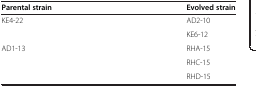
<table><thead><tr><td><b>Parental strain</b></td><td><b>Evolved strain</b></td></tr></thead><tbody><tr><td>KE4-22</td><td>AD2-10</td></tr><tr><td> </td><td>KE6-12</td></tr><tr><td>AD1-13</td><td>RHA-15</td></tr><tr><td> </td><td>RHC-15</td></tr><tr><td> </td><td>RHD-15</td></tr></tbody></table>